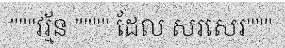
"""វរ្ម័ន """" ដែល សរសេរ"""